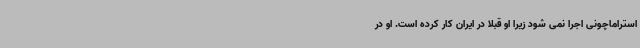
استراماچونی اجرا نمی شود زیرا او قبلا در ایران کار کرده است. او در